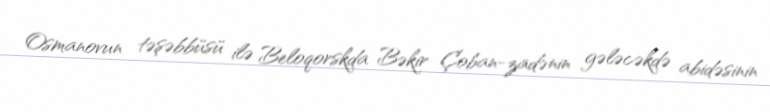
Osmanovun təşəbbüsü ilə Beloqorskda Bəkir Çoban-zadənin gələcəkdə abidəsinin